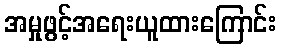
အမှုဖွင့်အရေးယူထားကြောင်း